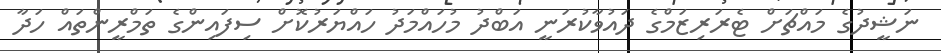
ނަޝީދުގެ މައްޗަށް ޓެރަރިޒަމްގެ ދައުވާކުރަނީ އަބްދު މުހައްމަދު ހައްޔަރުކޮށް ސިފައިންގެ ތަމްރީންތައް ހަދާ